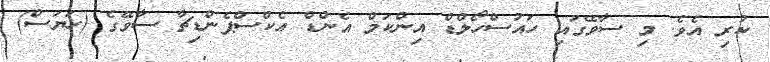
ކުރި އެވެ. މި ސާވޭގައި ހައުސްހޯލްޑް އިންކަމް އެންޑް އެކްސްޕެންޑިޗާ ސާވޭގެ (ހަޔަސް)